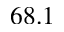
6 8 . 1